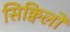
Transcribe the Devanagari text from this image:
सिक्विलों